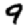
Digit: 9